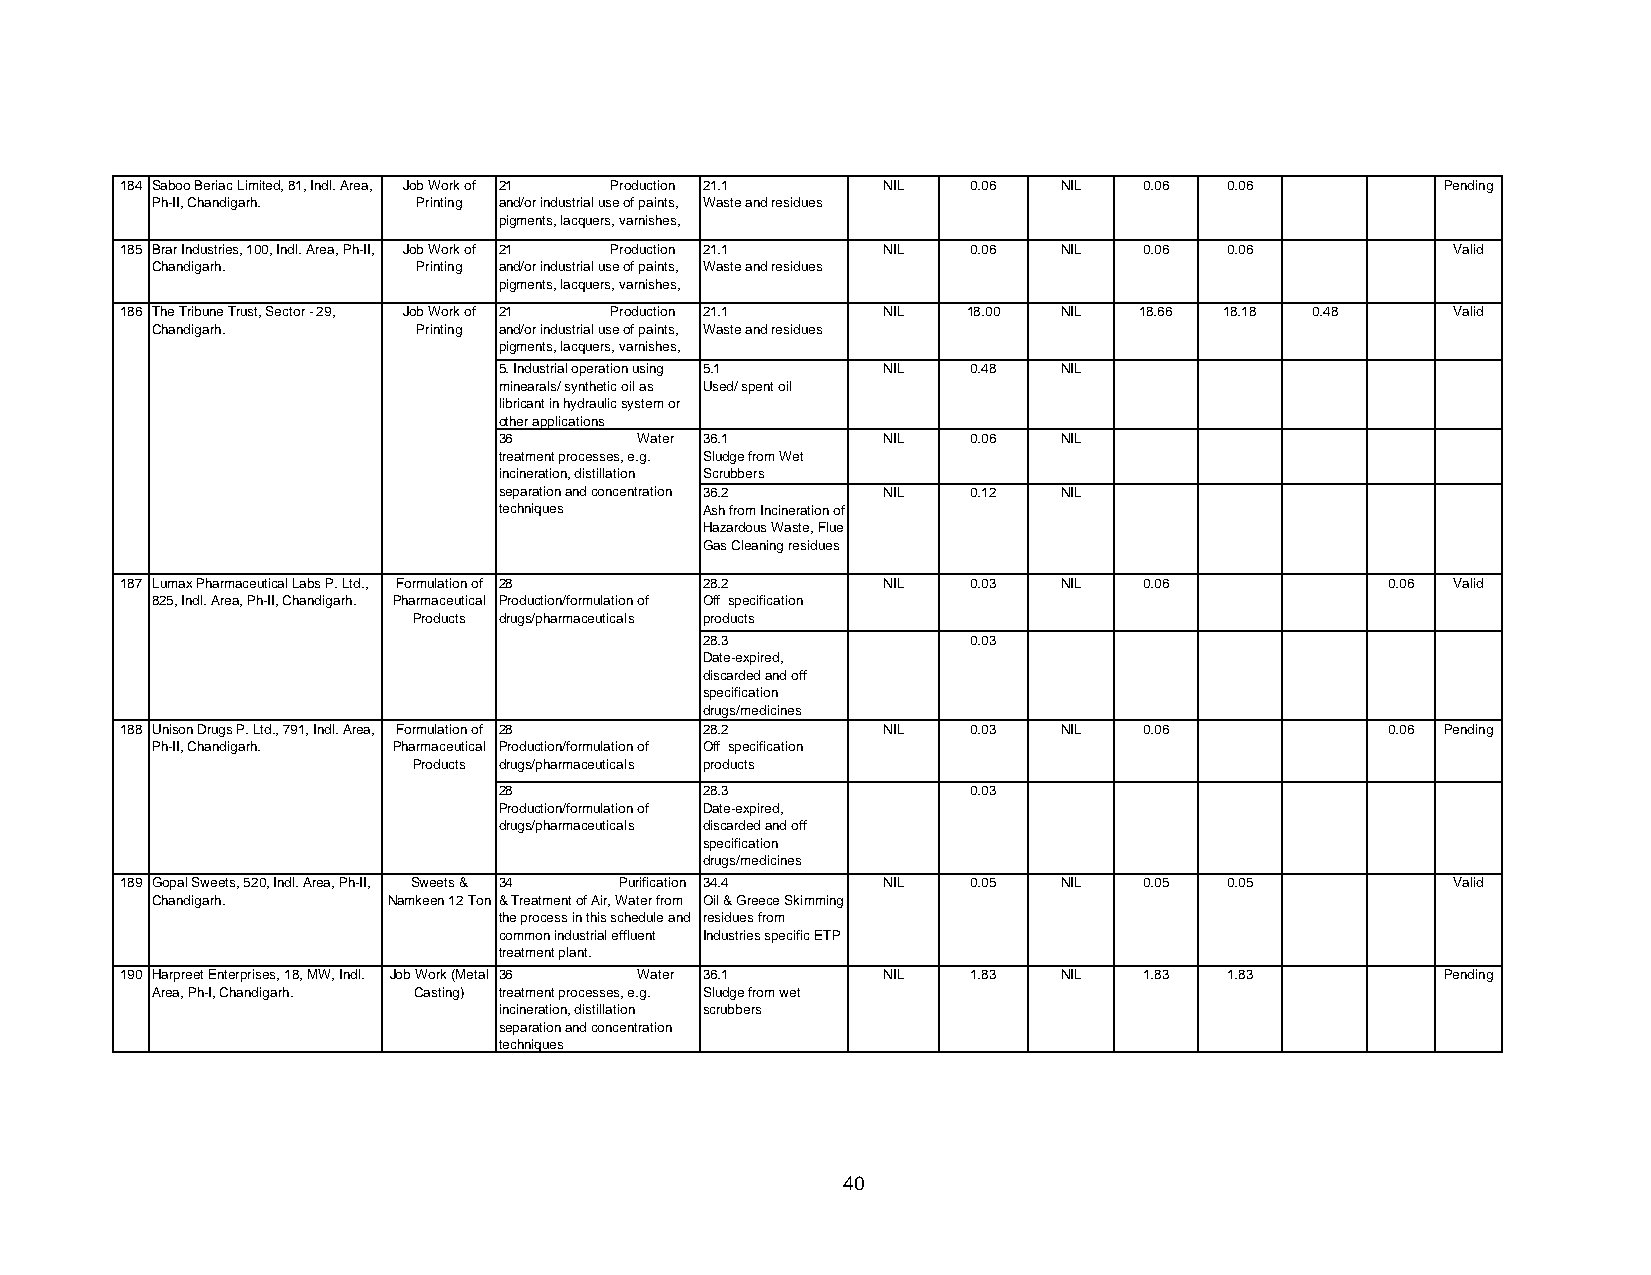
184 Saboo Beriac Limited, 81, Indl. Area, Job Work of 21 Production 21.1 NIL 0.06 NIL 0.06 0.06 Pending
 Ph-II, Chandigarh. Printing and/or industrial use of paints, Waste and residues
 pigments, lacquers, varnishes,
 185 Brar Industries, 100, Indl. Area, Ph-II, Job Work of 21 Production 21.1 NIL 0.06 NIL 0.06 0.06 Valid
 Chandigarh.       Printing and/or industrial use of paints, Waste and residues
 pigments, lacquers, varnishes,
 186 The Tribune Trust, Sector - 29, Job Work of 21 Production 21.1 NIL 18.00 NIL 18.66 18.18 0.48 Valid
 Chandigarh.       Printing and/or industrial use of paints, Waste and residues
 pigments, lacquers, varnishes,
 5. Industrial operation using 5.1 NIL 0.48 NIL
 minearals/ synthetic oil as Used/ spent oil
 libricant in hydraulic system or
 other applications
 36       Water 36.1      NIL   0.06  NIL
 treatment processes, e.g. Sludge from Wet
 incineration, distillation Scrubbers
 separation and concentration 36.2 NIL 0.12 NIL
 techniques    Ash from Incineration of
 Hazardous Waste, Flue
 Gas Cleaning residues
 187 Lumax Pharmaceutical Labs P. Ltd., Formulation of 28 28.2 NIL 0.03 NIL 0.06     0.06 Valid
 825, Indl. Area, Ph-II, Chandigarh. Pharmaceutical Production/formulation of Off specification
 Products drugs/pharmaceuticals products
 28.3             0.03
 Date-expired,
 discarded and off
 specification
 drugs/medicines
 188 Unison Drugs P. Ltd., 791, Indl. Area, Formulation of 28 28.2 NIL 0.03 NIL 0.06 0.06 Pending
 Ph-II, Chandigarh. Pharmaceutical Production/formulation of Off specification
 Products drugs/pharmaceuticals products
 28            28.3             0.03
 Production/formulation of Date-expired,
 drugs/pharmaceuticals discarded and off
 specification
 drugs/medicines
 189 Gopal Sweets, 520, Indl. Area, Ph-II, Sweets & 34 Purification 34.4 NIL 0.05 NIL 0.05 0.05 Valid
 Chandigarh.     Namkeen 12 Ton & Treatment of Air, Water from Oil & Greece Skimming
 the process in this schedule and residues from
 common industrial effluent Industries specific ETP
 treatment plant.
 190 Harpreet Enterprises, 18, MW, Indl. Job Work (Metal 36 Water 36.1 NIL 1.83 NIL 1.83 1.83 Pending
 Area, Ph-I, Chandigarh. Casting) treatment processes, e.g. Sludge from wet
 incineration, distillation scrubbers
 separation and concentration
 techniques
 40